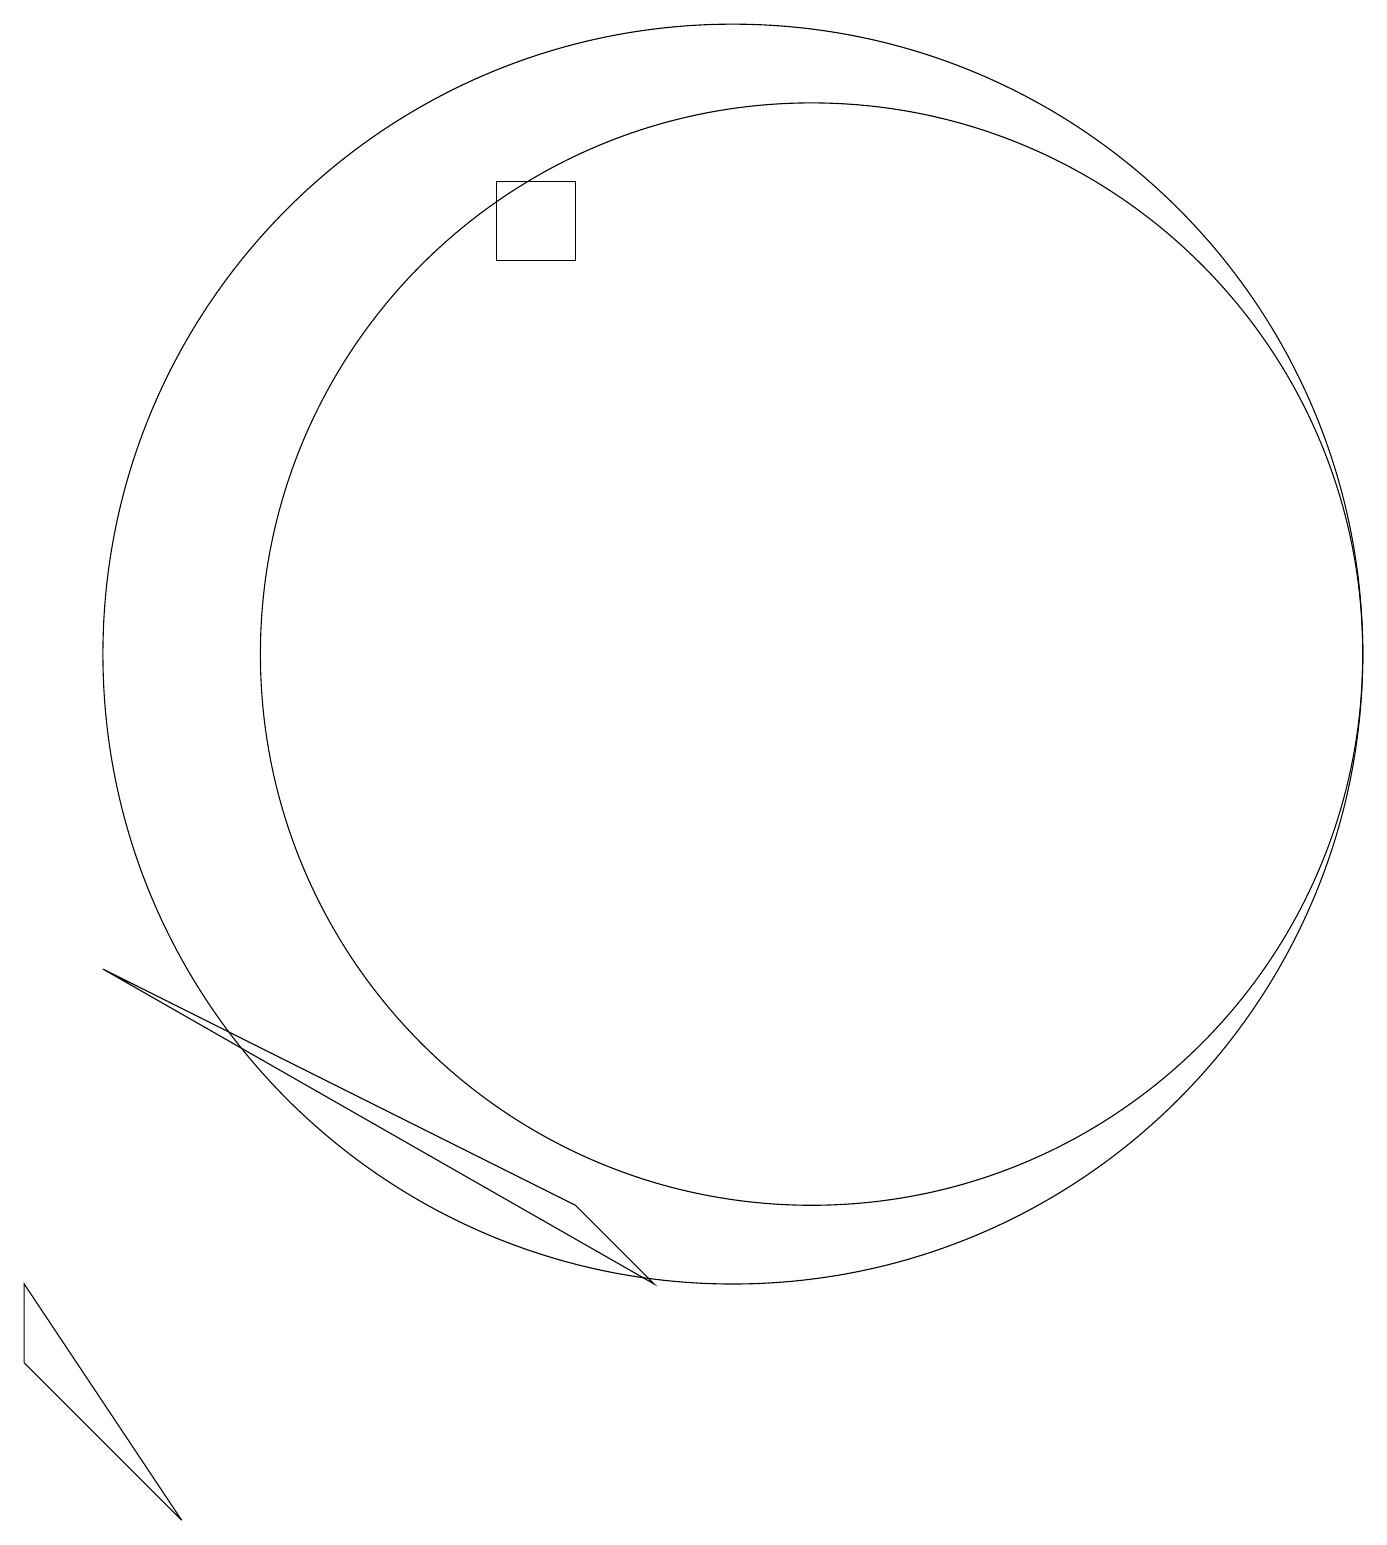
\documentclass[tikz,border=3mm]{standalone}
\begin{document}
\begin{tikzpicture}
\draw (1,3) -- (3,1) -- (1,4) -- cycle;
\draw (11,12) circle (7);
\draw (8,18) rectangle (7,17);
\draw (10,12) circle (8);
\draw (8,5) -- (9,4) -- (2,8) -- cycle;
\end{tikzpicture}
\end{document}